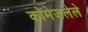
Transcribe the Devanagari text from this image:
कोमेजलेले